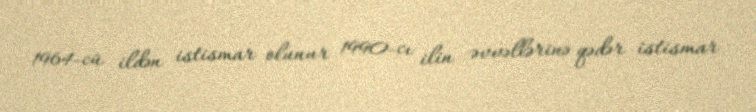
1964-cü ildən istismar olunur 1990-cı ilin əvvəllərinə qədər istismar